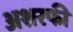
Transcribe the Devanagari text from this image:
अशरफी